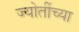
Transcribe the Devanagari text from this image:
ज्योतींच्या